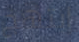
إبتهج